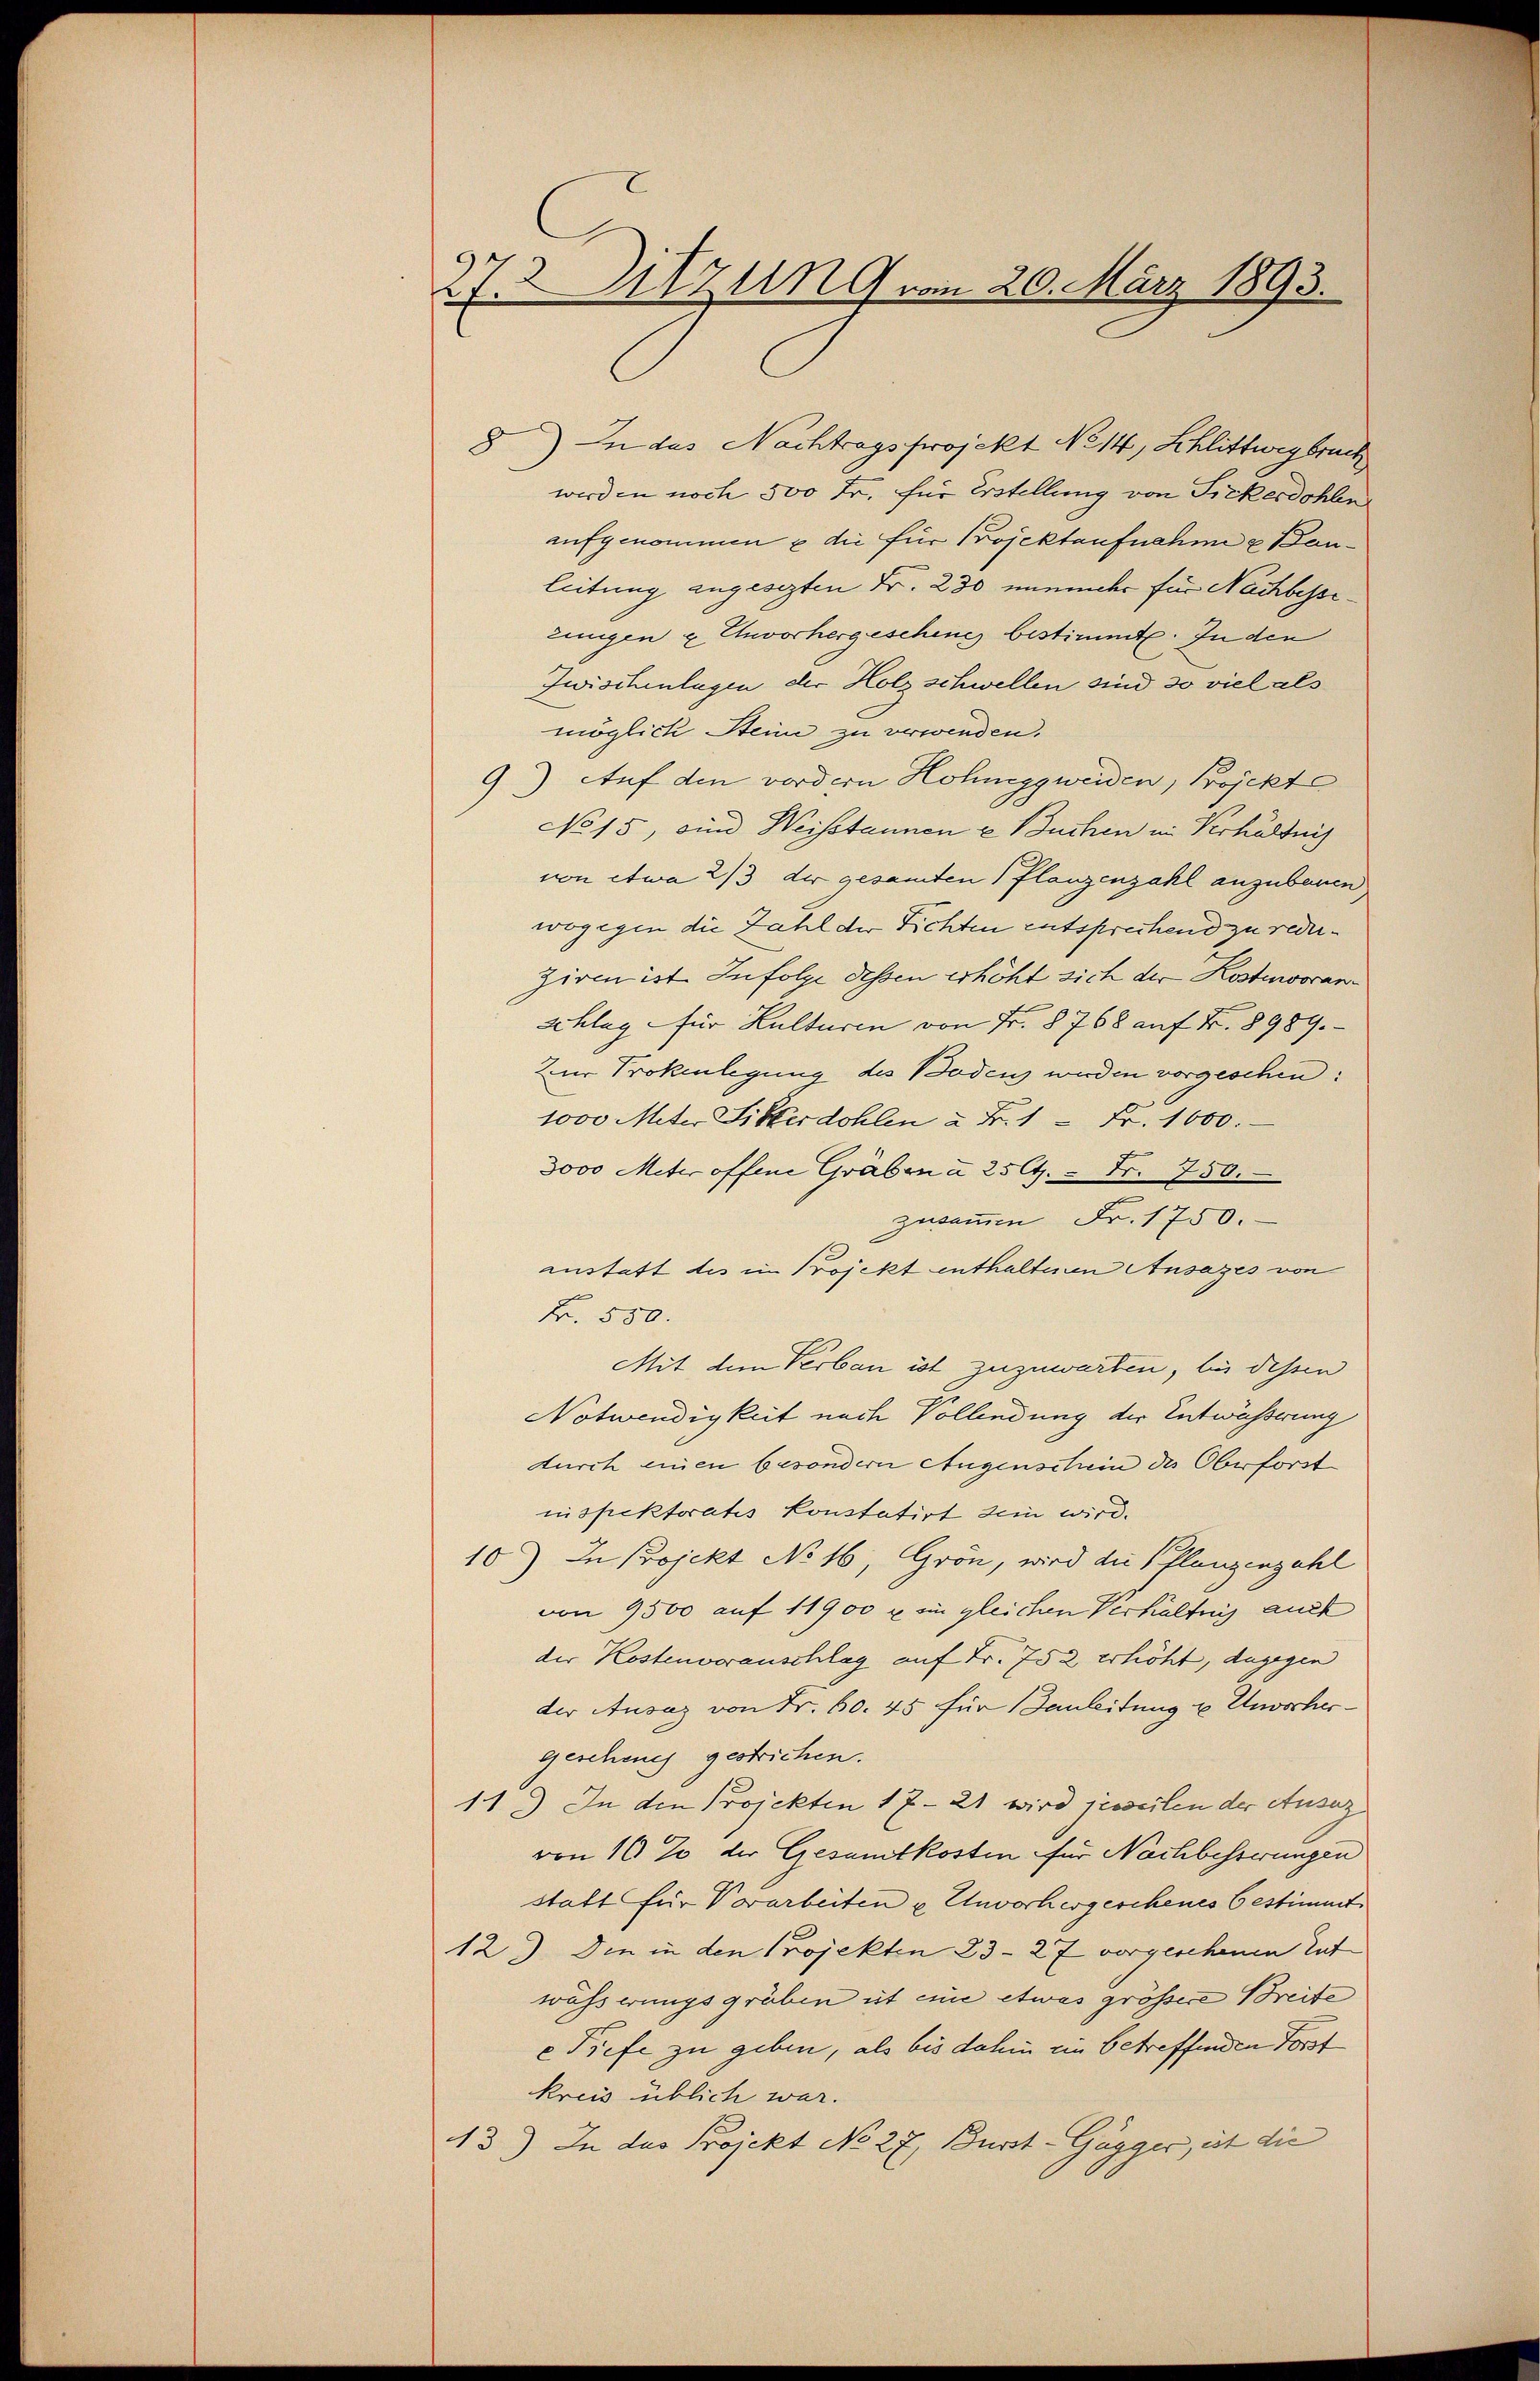
27.2. Sitzung vom 20. März 1893.

8) In das Nachtragsprojekt No 14, Schlittwegbruch
werden noch 500 Fr. für Erstellung von Fickerdohlen
aufgenommen u die für Projektaufnehme u Bauleitung angesezten Fr. 230 nunmehr für Nachbessezungen & Ehorhergeschene bestimmt. In den
Zwischenlagen der Holz schwellen sind so viel als
möglich Stein zu verwenden.
9) Auf den vordern Honeggweiden, Projekt
No 15, sind Weisstaunen u. Buchen in Verhältnis
von etwa 2/3 der gesamten flanzenzahl anzubauen
wogegen die Zahl der Fichten entsprechend zu reduziren ist. Infolge dessen erhöht sich der Kostenvocan¬
Schlag für Kulturen von Fr. § 768 auf Fr. 8989.
Zur Prokenlegung des Bodenz werden vorgeschen:
1000 Meter Sitterdohlen u Fr. 1 = Fr. 1000.
3000 Meter offene Gräben u 25 Ct. - Fr. 750.
zusammen Fr. 1750.
anstatt des im Projekt enthaltenen Ansazes von
Fr. 550.
Mit dem Verbau ist zuzuwarten, bei dessen
Notwendigkeit nach Vollendung der Entwässerung
durch einen besondern Augenschein des Oberforst
ninspektoratis konstatirt sein wird.
10) In Projekt No 16, Grön, wird die Pflanzenzahl
von 9500 auf 11900 x im gleichen Verkältung auch
der Kostenvoranschlag auf Fr. 752 erhöht, dagegen
der Ausaz von Fr. 60. 45 für anleitung u Unvorhergeschenes gestrichen.
11.) In den Projekten 1721 wird jeweilen der Ausar
von 10 % der Gesamtkosten für Nachbesserungen
statt für Vorarbeiten u Unvorhergeschenes bestimmt
12.) Die in den Projekten 23. 27 vorgeschenen tut
wässerungsgräben ist eine etwas grössere Breite
e Tiefe zu geben, als bis dahin ein betreffenden Forst
kreis üblich war.
43.) In das Projekt No 27, Burst-Gägger, ist die